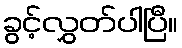
ခွင့်လွှတ်ပါပြီ။